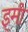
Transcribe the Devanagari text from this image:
इमी